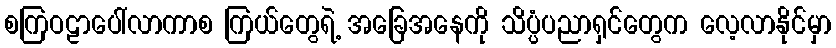
စကြဝဠာပေါ်လာကာစ ကြယ်တွေရဲ့ အခြေအနေကို သိပ္ပံပညာရှင်တွေက လေ့လာနိုင်မှာ